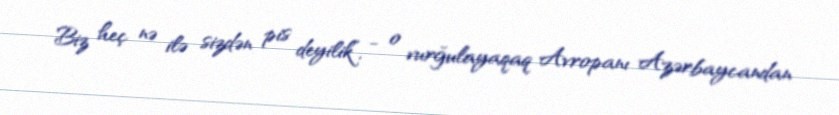
Biz heç nə ilə sizdən pis deyilik”, - o vurğulayaqaq Avropanı Azərbaycandan